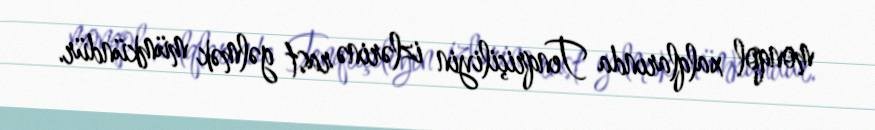
monqol xalqlarında Tenqriçiliyin izlərinə rast gəlmək mümkündür.